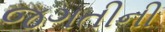
જગતીની